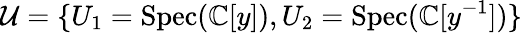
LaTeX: {\mathcal{U}}=\{ U_{1}={\mathrm{Spec}}(\mathbb{C}[y]),U_{2}={\mathrm{Spec}}(\mathbb{C}[y^{-1}])\}